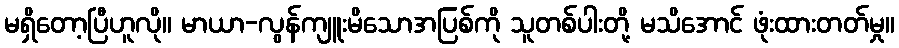
မရှိတော့ပြီဟူလို။ မာယာ-လွန်ကျူးမိသောအပြစ်ကို သူတစ်ပါးတို့ မသိအောင် ဖုံးထားတတ်မှု။